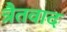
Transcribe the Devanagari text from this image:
त्रैतवाद